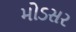
મોડસર